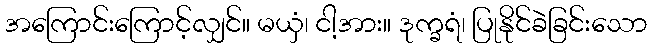
အကြောင်းကြောင့်လျှင်။ မယှံ၊ ငါ့အား။ ဒုက္ခရံ၊ ပြုနိုင်ခဲခြင်းသော